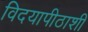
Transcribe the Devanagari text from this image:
विदयापीठाशी